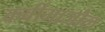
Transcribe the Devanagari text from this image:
कर्बीमाजोल